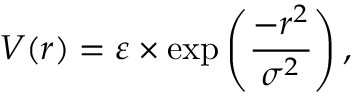
V ( r ) = \varepsilon \times \exp \left( \frac { - r ^ { 2 } } { \sigma ^ { 2 } } \right) ,